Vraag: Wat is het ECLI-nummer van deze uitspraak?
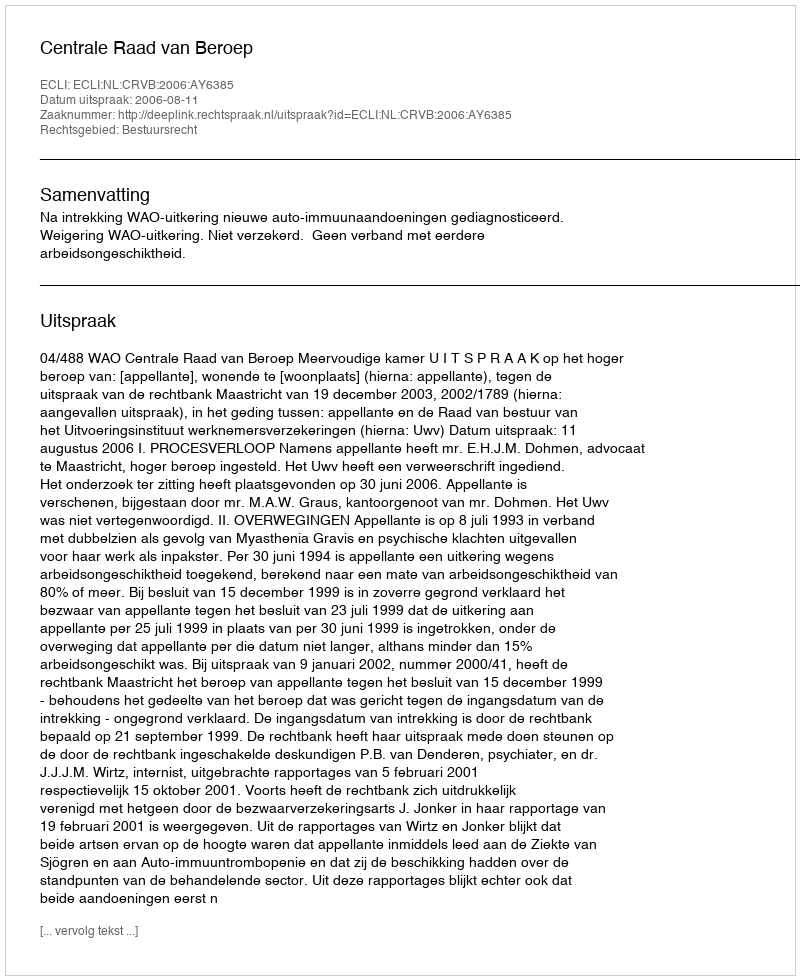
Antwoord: ECLI:NL:CRVB:2006:AY6385